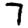
Digit: 7